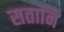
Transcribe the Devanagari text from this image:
सतानि